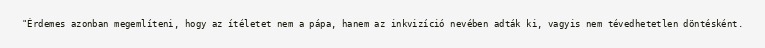
"Érdemes azonban megemlíteni, hogy az ítéletet nem a pápa, hanem az inkvizíció nevében adták ki, vagyis nem tévedhetetlen döntésként.